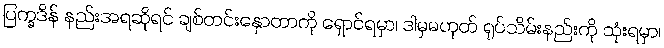
ပြက္ခဒိန် နည်းအရဆိုရင် ချစ်တင်းနှောတာကို ရှောင်ရမှာ၊ ဒါမှမဟုတ် ရုပ်သိမ်းနည်းကို သုံးရမှာ၊